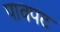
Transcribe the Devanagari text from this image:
पावपट